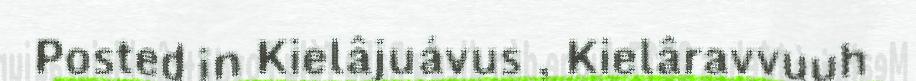
Posted in Kielâjuávus , Kielâravvuuh